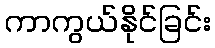
ကာကွယ်နိုင်ခြင်း